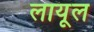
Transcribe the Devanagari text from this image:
लायूल